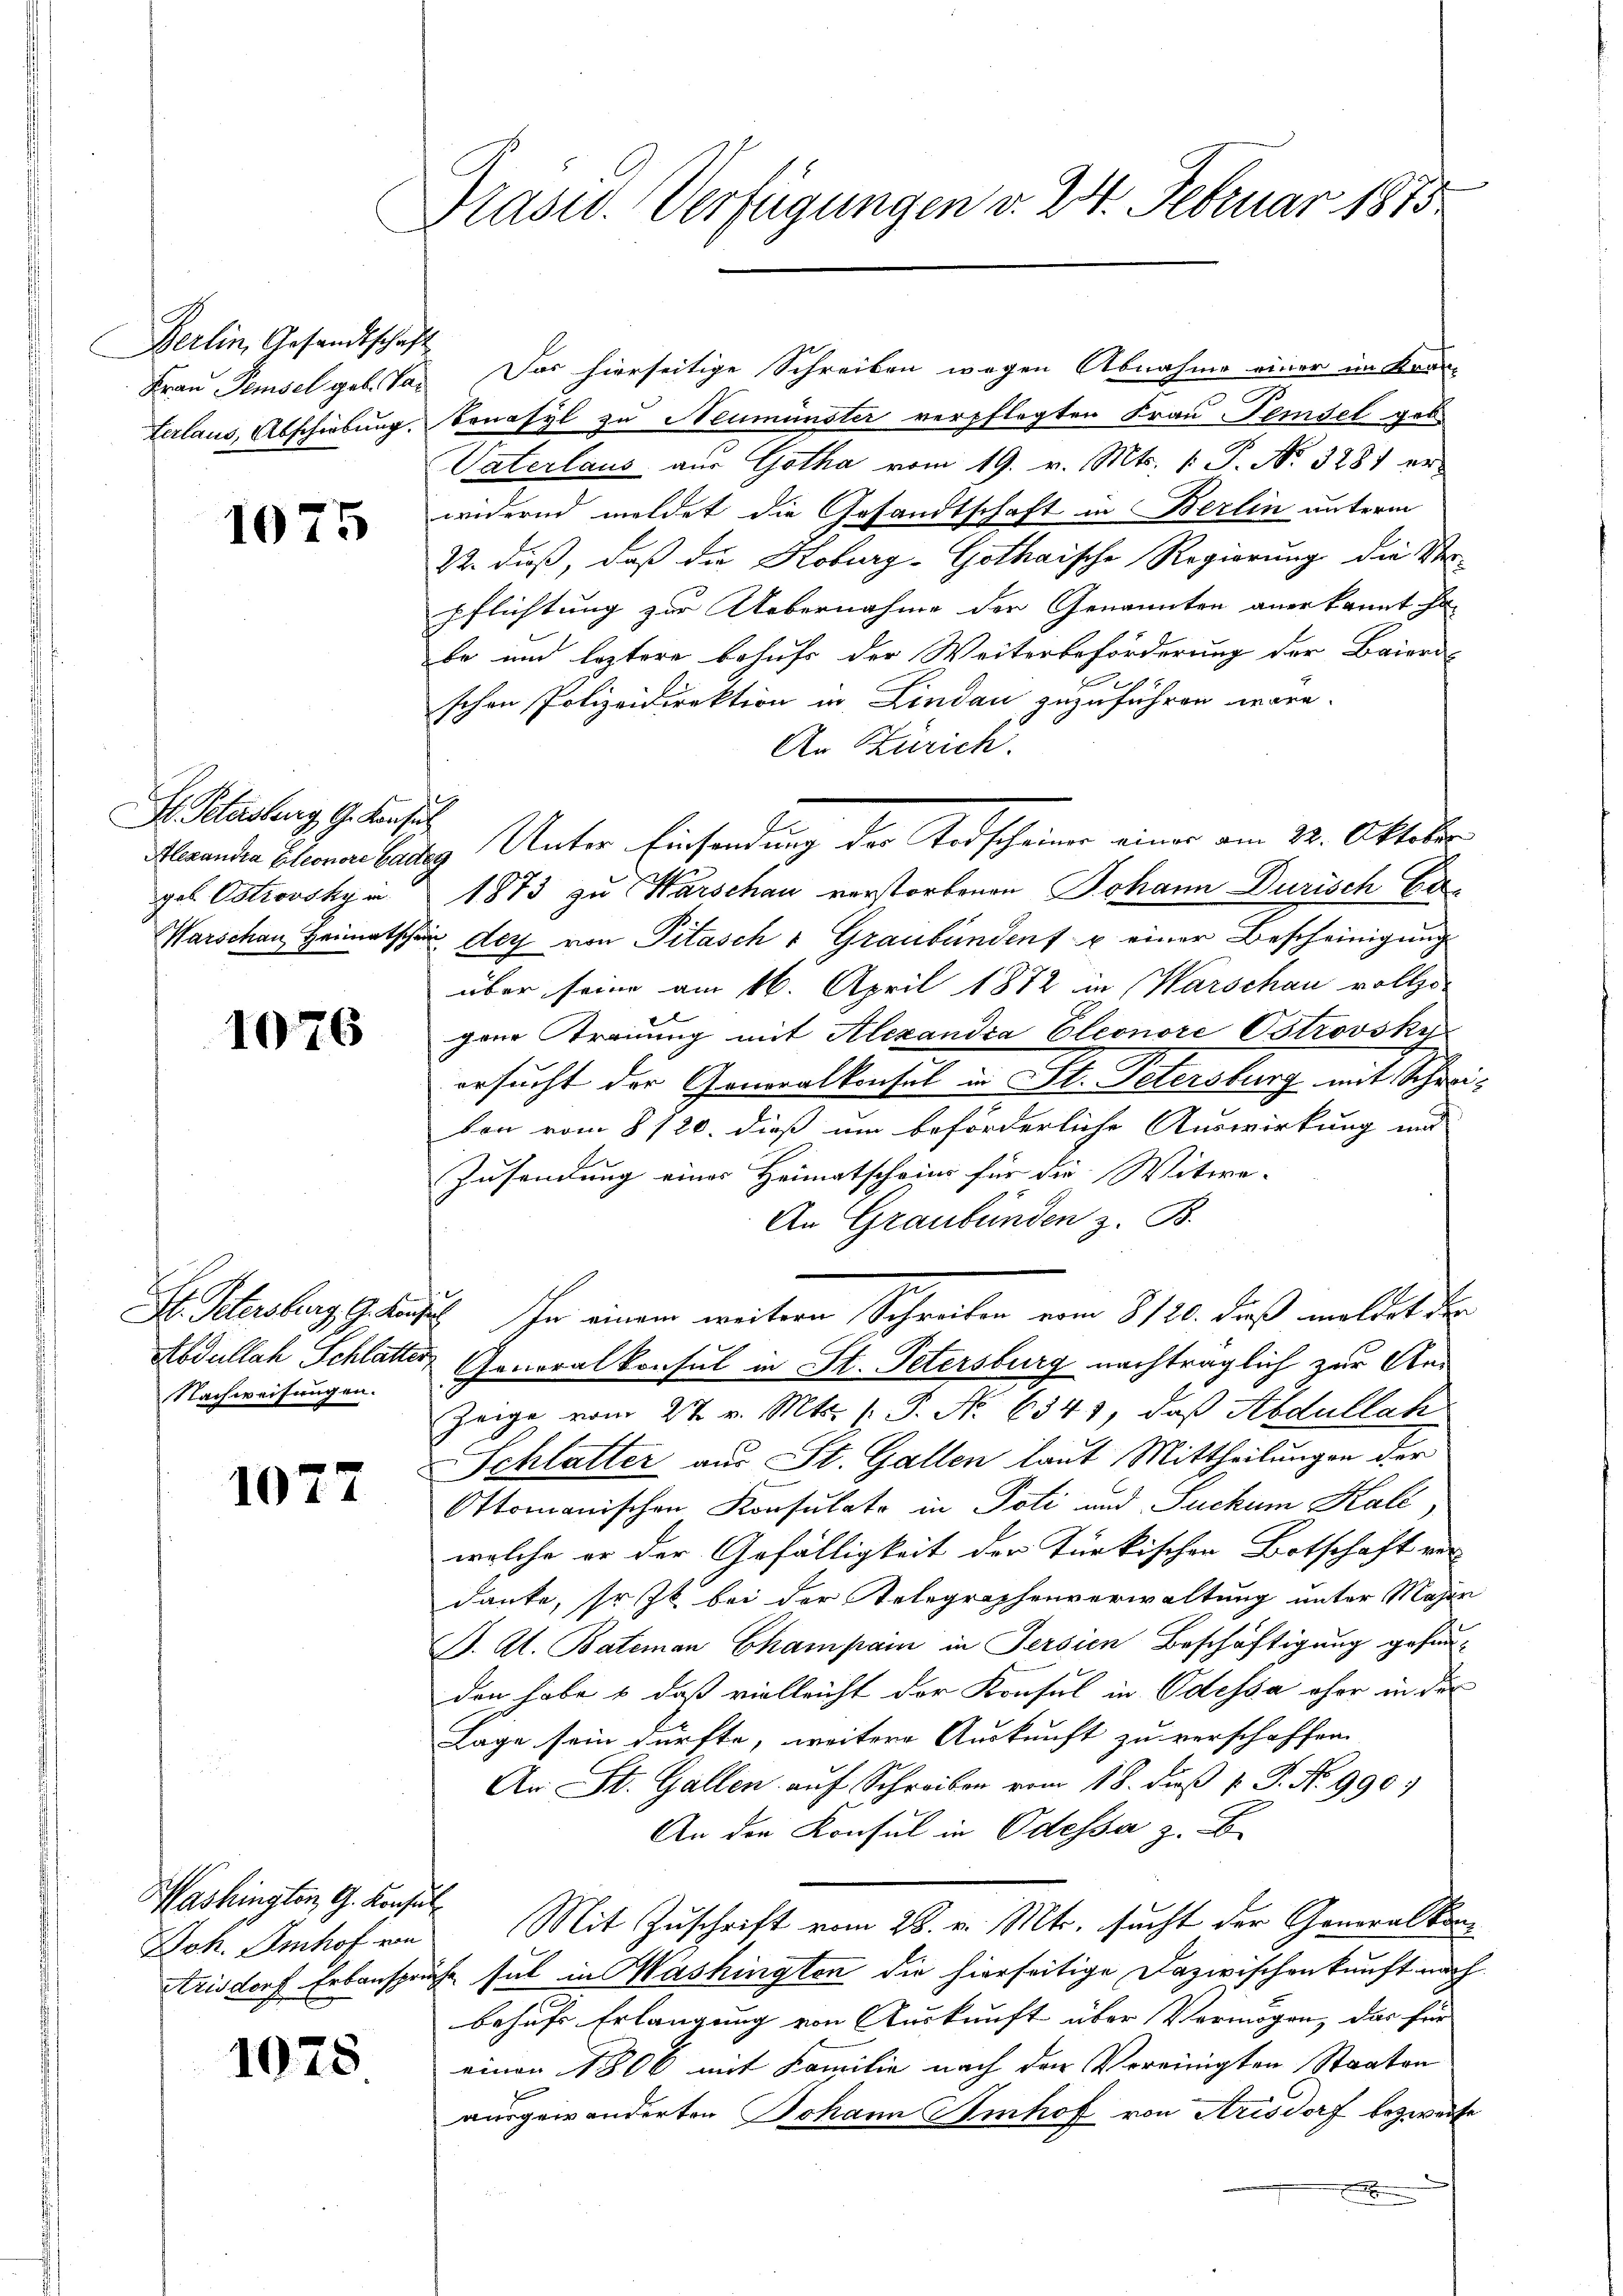
Berlin, Gesandtschaft
terlaus, Abschiebung.

1075

I. Petersburg, G. Konsul
geb Ostrovsky in

1076

Nachweisungen.

1077

ashington, G. Konsul¬

1078

Präsid. Verfügungen v. 24. Februar 1873

Frau Pemsel geb. Ta. Das hierseitige Schreiben wegen Abnahme einer im Kran-
Benasyl zu Neumünster verpflegten Frau Femsel geb.
Vaterlaus aus Gotha vom 19. v. Mts. 1. P. No. 3281 er
widernd meldet die Gesandtschaft in Berlin unterm
22. dieß, daß die Koburg-Gothaische Regierung die Verpflichtung zur Uebernahme der Genannten anerkannt ha
te und leztere behufs der Weiterbeförderung der Baieri-
288.
schen Polizeidirektion in Lindau zuzuführen wäre.
An Zürich.
1873 zu Warschau verstorbenen Johann Durisch Er
Warschau Heimatsche der von Pitasch " Graubünden u einer Bescheinigung
über seine am 16. April 1872 in Warschau vollzo-
gene Trauung mit Alexandra Eleonore Ostrovsku
ersucht der Generalkonsul in St. Petersburg mit Schreiten vom 8120. dieß um beförderliche Auswirkung und
Zusendung eines Heimatscheins für die Witwe-
An Graubünden z. B.
S. Schreiburg lässt. In einem weitern Schreiben vom 8 126. daß meldet de
Abdullach Schlatter Generalkonsul in St. Petersburg nachträglich zur An¬
Zeige vom 27. v. Mts. v. P. Nr. 6341, daß Abdullak
Schlatter aus St. Gallen laut Mittheilungen der
Ottomanischen Konsulato in Poti und Suchum Hall,
welche er der Gefälligkeit der Türkischen Botschaft vor
danke, so zu bei der Telegraphenverwaltung unter Major
S. Al. Baleman Champain in Persien Beschäftigung gefun-
den habe & daß vielleicht der Konsul in Odessa eher in der
Lage sein dürfte, weitere Auskunft zu verschaffen.
An St. Gallen auf Schreiben vom 18. dieß P. P. No 990)
An der Konsul in Odessa z. B.
Joh. Imhof ein Mit Zuschrift vom 26. v. Mts. sucht der Generalkom¬
Aisdorf Erbansprüche sul in Washingten die hierseitige Dazwischenkunft nach
behufs Erlangung von Auskunft über Vermögen, das für
einen 1806 mit Familie nach den Vereinigten Staaten
ausgewanderten Johann Amhof von Arisdorf bezweife
.

Fleanden Elenen Badeg Unter Einsendung der Todscheiner einer am 22. Oktober